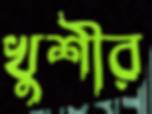
খুশীর